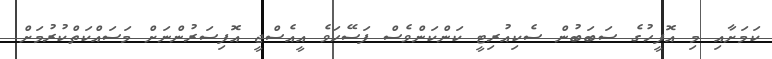
ކަމަށާއި މި އޮފީހުގެ ސަބަބުން ސެކިއުރިޓީ ކަންކަންވެސް ފަސޭހަވެ އީއެސްޖީ އޮފިސަރުންނަށް މަސައްކަތްކުރުމަށް